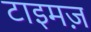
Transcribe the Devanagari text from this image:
टाइमज़